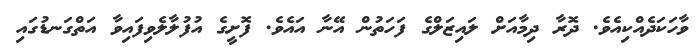
ވާހަކަދެއްކިއެވެ. ދޮރާ ދިމާއަށް ލައިޒަލްގެ ފަހަތުން އޭނާ އައެވެ. ފޮށީގެ އުފުލާލެވިފައިވާ އަތްގަނޑުގައި